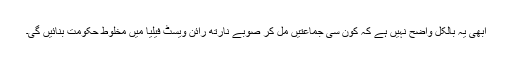
ابھی يہ بالکل واضح نہيں ہے کہ کون سی جماعتيں مل کر صوبے نارتھ رائن ويسٹ فيليا ميں مخلوط حکومت بنائيں گی۔